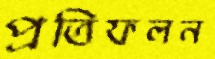
প্রতিফলন